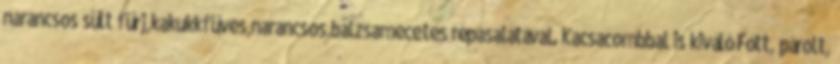
narancsos sült fürj,kakukkfüves,narancsos,balzsamecetes répasalátával. Kacsacombbal is kiváló Főtt, párolt,